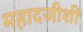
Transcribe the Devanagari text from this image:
महादजीशी